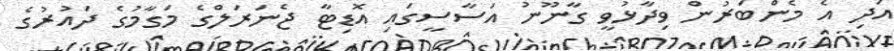
އަދި އެ މެންބަރުން ވިދާޅުވީ ގާނޫނު އަސާސީގައި އޮޑިޓާ ޖެނަރަލްގެ މަގާމުގެ ދައުރުގެ